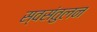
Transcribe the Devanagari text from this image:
स्वसंतुलन